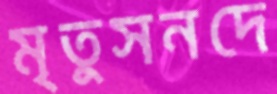
মৃতুসনদে